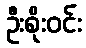
ဦးစိုးဝင်း